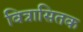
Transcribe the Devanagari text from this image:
वित्रासितक